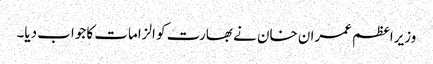
وزیراعظم عمران خان نے بھارت کو الزامات کا جواب دیا۔